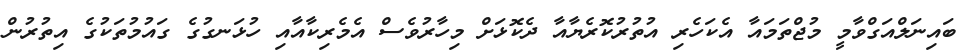
ބައިނަލްއަގްވާމީ މުޖްތަމައާ އެކަހެރި އުުތުރުކޮރެޔާއާ ދެކޮޅަށް މިހާރުވެސް އެމެރިކާއާއި ހުޅަނގުގެ ގައުމުތަކުގެ އިތުރުން